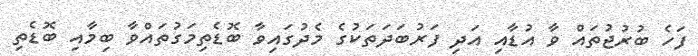
ފަހެ ބުރުޖުތައް ވާ އުޑާއި އަދި ފަރުބަދަތަކުގެ މެދުގައިވާ ބޮޑެތިމަގުތައްވާ ބިމާއި ބޮޑެތި